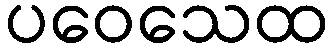
ပဝေသေထ